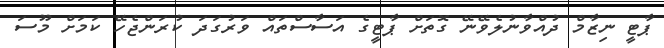
ޕާޓީ ނިޒާމް ދުއްވާނުލެވޭނޭ ގޮތަށް ޕާޓީގެ އަސާސްތައް ވަރުގަދަ ކުރަންޖެހޭ ކަމަށް މޫސަ